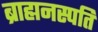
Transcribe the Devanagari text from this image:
ब्राह्मनस्पति